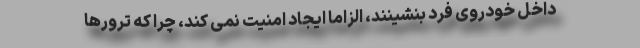
داخل خودروی فرد بنشینند، الزاماً ایجاد امنیت نمی کند، چرا که ترورها